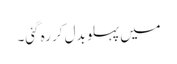
میں پہلو بدل کر رہ گئی۔